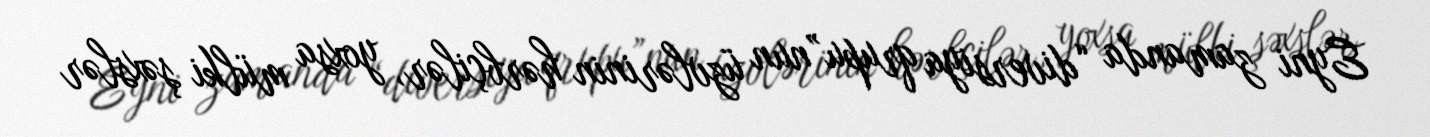
Eyni zamanda “diversiya qrupu”nun üzvlərinin hərbçilər, yoxsa mülki şəxslər